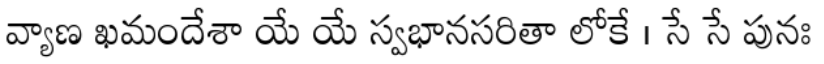
వ్యాణ ఖమందేశా యే యే స్వభానసరితా లోకే । సే సే పునః